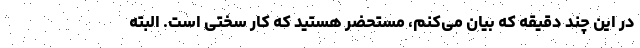
در این چند دقیقه که بیان می‌کنم، مستحضر هستید که کار سختی است. البته